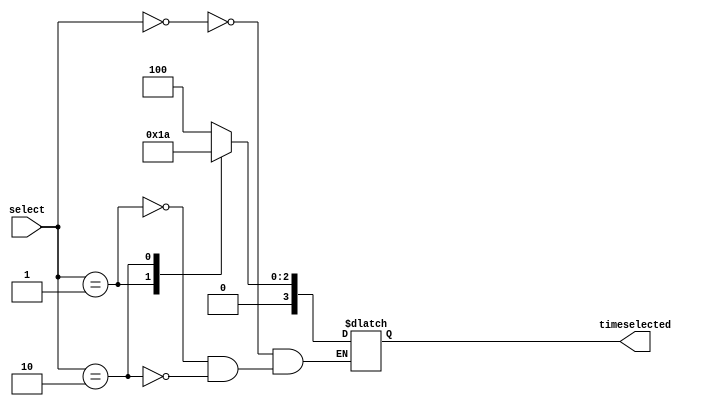
module light_timer_mux(select, timeselected);
	input [2:0]select;
	output reg [3:0]timeselected;
	
	always @(*)
	begin
		case(select)
			3'b000: timeselected = 4'b0100;
			3'b001: timeselected = 4'b0011;
			3'b010: timeselected = 4'b0010;
		endcase
	end
endmodule

//Depending on level, changes the amount of time player has to hit the switches.